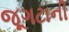
જૂગટાની